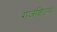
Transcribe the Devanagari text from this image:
गजशिल्प